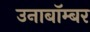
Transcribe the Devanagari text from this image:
उनाबॉम्बर